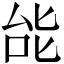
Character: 𫨩